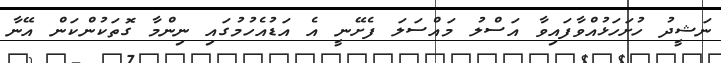
ނަޝީދު ހުށަހަޅުއްވާފައިވާ އަސްލު މައްސަލަ ފެށޭނީ އެ އަޑުއެހުމުގައި ނިންމާ ގޮތަކުންކަން އޭނާ